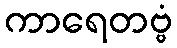
ကာရေတဗ္ဗံ